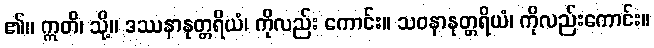
၏။ ဣတိ၊ သို့။ ဒဿနာနုတ္တရိယံ၊ ကိုလည်း ကောင်း။ သဝနာနုတ္တရိယံ၊ ကိုလည်းကောင်း။